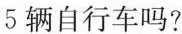
5辆自行车吗?